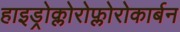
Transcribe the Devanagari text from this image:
हाइड्रोक्लोरोफ्लोरोकार्बन